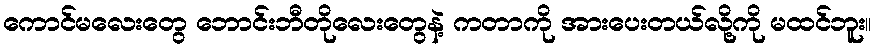
ကောင်မလေးတွေ ဘောင်းဘီတိုလေးတွေနဲ့ ကတာကို အားပေးတယ်လို့ကို မထင်ဘူး။